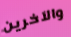
والآخرين